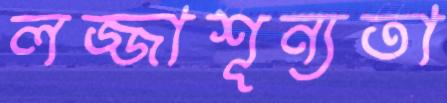
লজ্জাশূন্যতা